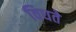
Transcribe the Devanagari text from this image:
विधते